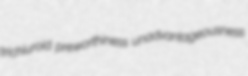
trichiuroid preworthiness unadvantageousness